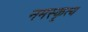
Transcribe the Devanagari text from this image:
नमस्कृत्य